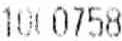
1000758